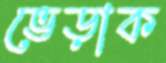
ভেড়াক